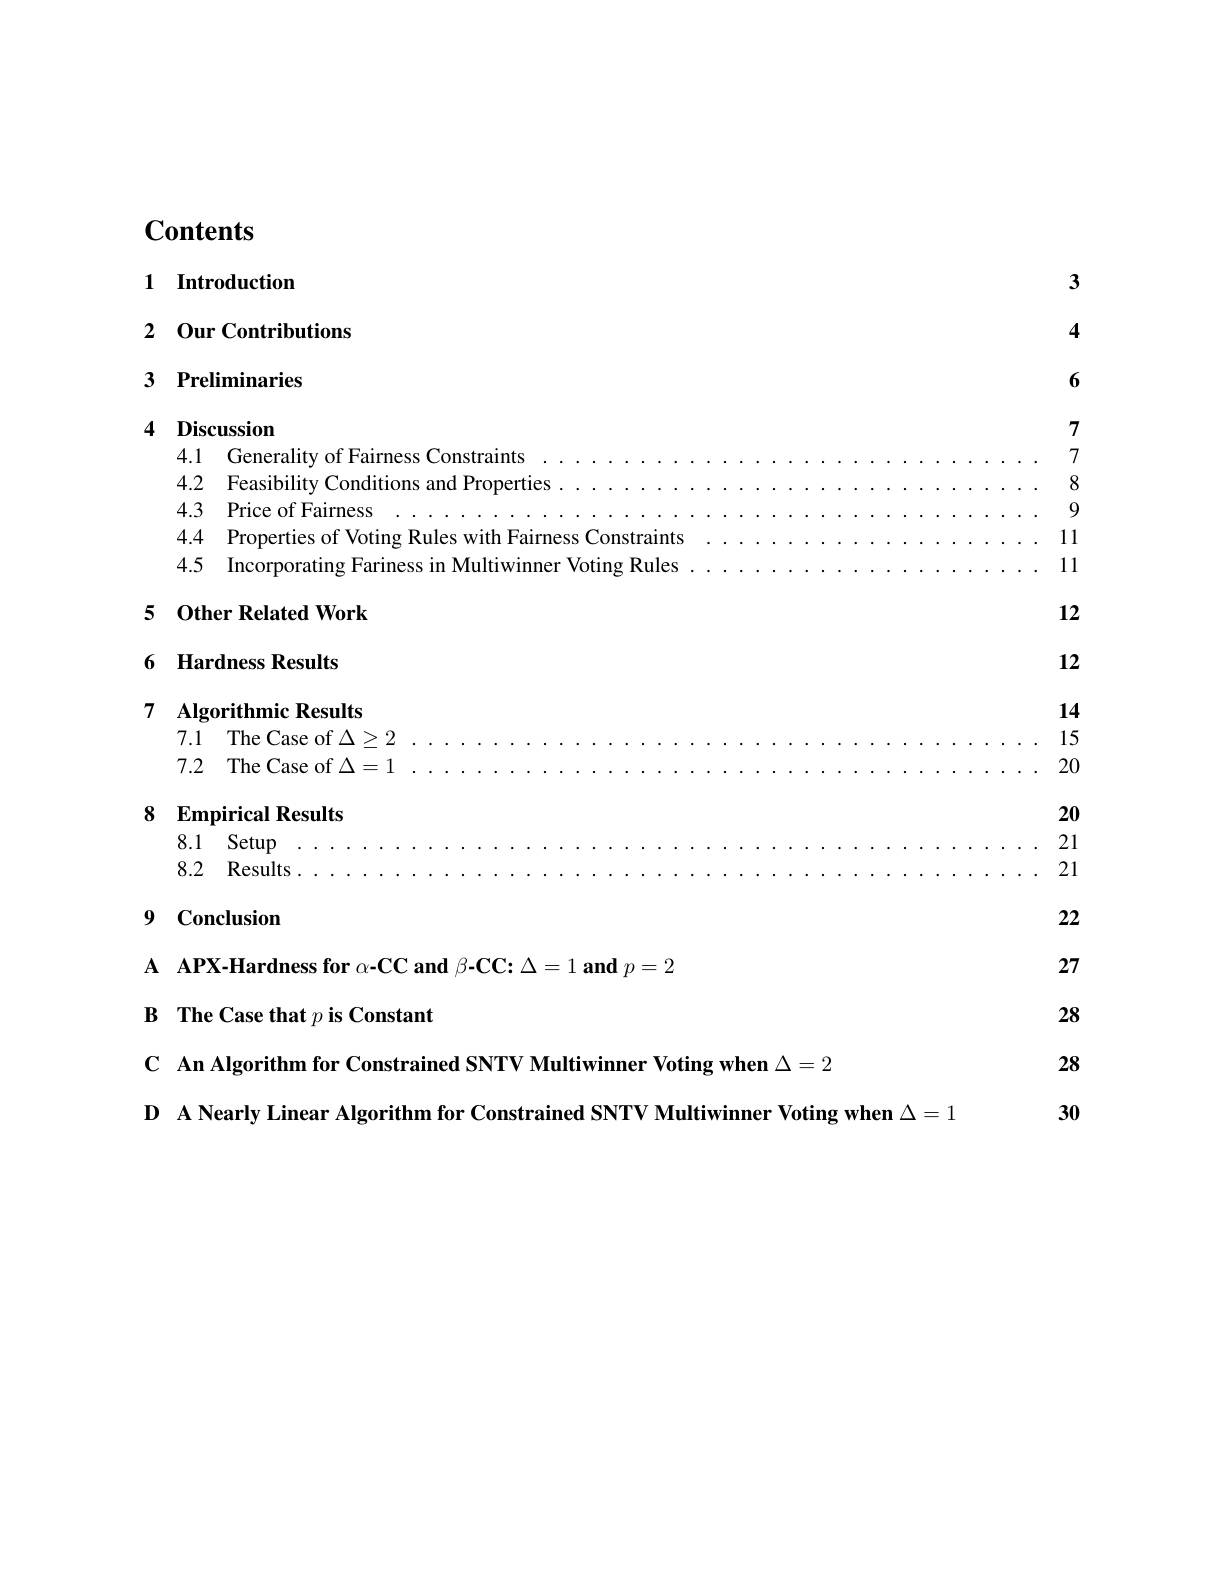
$\mathbf{Contents}$

1 Introduction

2 Our Contributions

3 Preliminaries

$4\textbf{Discussion}$ 4.1Generality of Fairness Constraints$\ldots \ldots \ldots \ldots \ldots \ldots \ldots \ldots \ldots \ldots$ 4.2Feasibility Conditions and Properti

### 5 Other Related Work

6 Hardness Results

7

Algorithmic Results

7.1 The Case of $\Delta\geq2$

7.2 The Case of $\Delta=1$

8 Empirical Results

8.1 Setup

8.2 Results .

9 Conclusion

A APX-Hardness for $\alpha$-CC and $\beta$-CC: $\Delta = 1\textbf{and}p= 2$

B The Case that $p\textbf{is Constant}$

C An Algorithm for Constrained SNTV Multiwinner Voting when $\Delta=2$

D A Nearly Linear Algorithm for Constrained SNTV Multiwinner Voting when $\Delta=1$